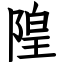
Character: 隍